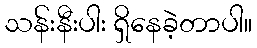
သန်းနီးပါး ရှိနေခဲ့တာပါ။